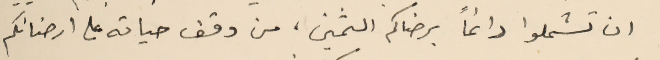
ان تشملوا دائماً برضاكم الثمين، من وقف حياته على ارضائكم